Indian journal of veterinary science and animal husbandry - Volume 3,
Year: 1933
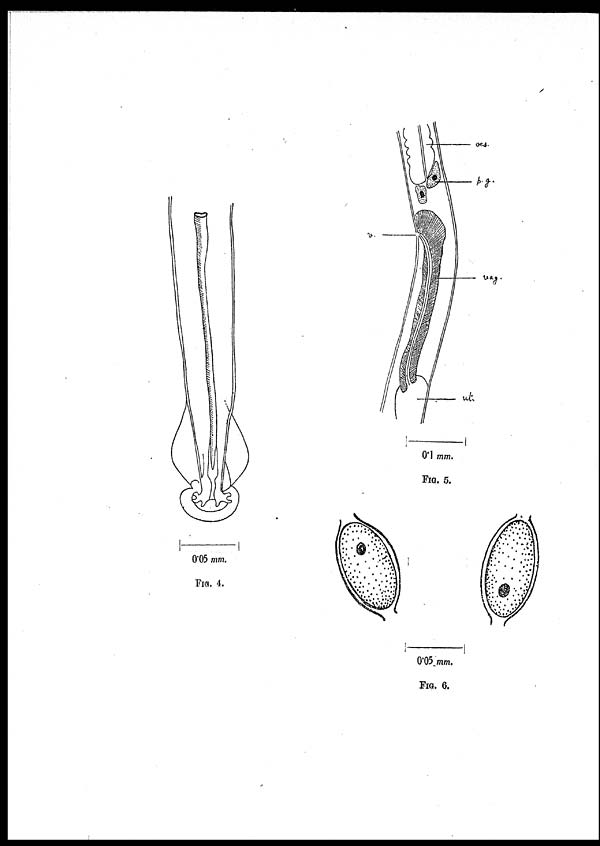
FIG. 4.
FIG. 5.
FIG. 6.